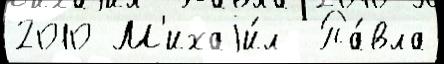
2010 М'ихаjи́л  Па́вла